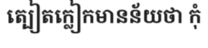
ត្បៀតក្លៀកមានន័យថា កុំ